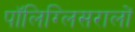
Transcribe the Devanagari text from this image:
पॉलिग्लिसरालों